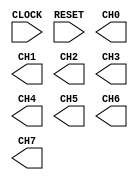

module adc (
	CLOCK,
	RESET,
	CH0,
	CH1,
	CH2,
	CH3,
	CH4,
	CH5,
	CH6,
	CH7);	

	input		CLOCK;
	input		RESET;
	output	[11:0]	CH0;
	output	[11:0]	CH1;
	output	[11:0]	CH2;
	output	[11:0]	CH3;
	output	[11:0]	CH4;
	output	[11:0]	CH5;
	output	[11:0]	CH6;
	output	[11:0]	CH7;
endmodule